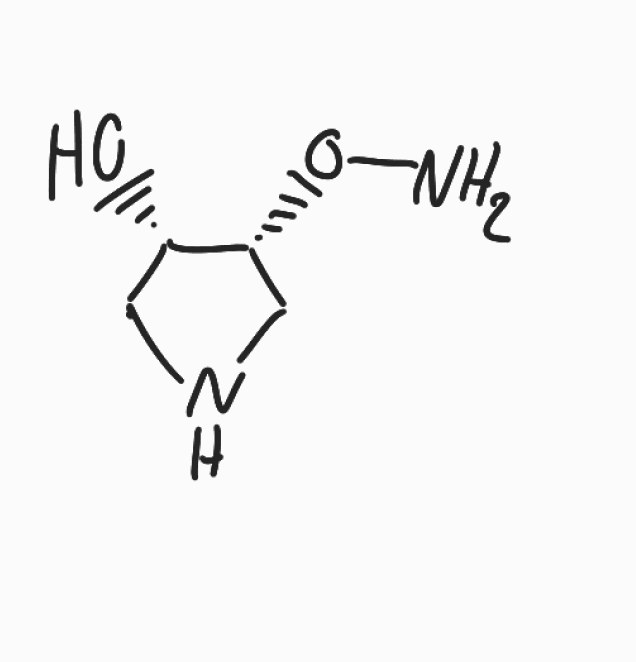
Simplified molecular-input line-entry system (SMILES) notation of the given molecule:
C1[C@@H]([C@@H](CN1)ON)O